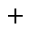
+